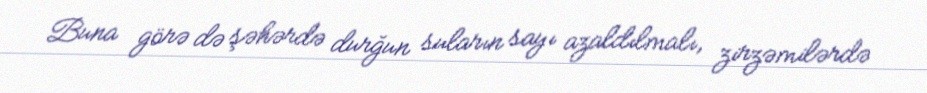
Buna görə də şəhərdə durğun suların sayı azaldılmalı, zirzəmilərdə